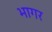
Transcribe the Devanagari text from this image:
भागर